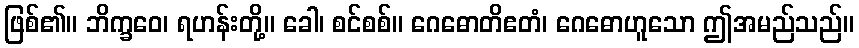
ဖြစ်၏။ ဘိက္ခဝေ၊ ရဟန်းတို့။ ခေါ၊ စင်စစ်။ ဂေဓောတိဧတံ၊ ဂေဓောဟူသော ဤအမည်သည်။